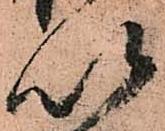
以